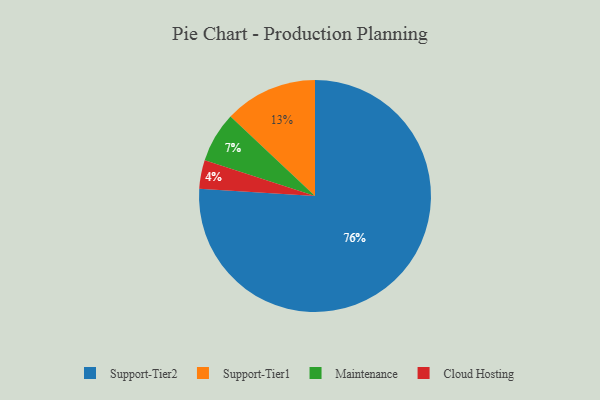
{"axis": {"x": "Category", "y": "Percentage"}, "legend": ["Cloud Hosting", "Maintenance", "Support-Tier1", "Support-Tier2"], "data": [{"x": "Support-Tier1", "y": 13, "type": "Support-Tier1"}, {"x": "Cloud Hosting", "y": 4, "type": "Cloud Hosting"}, {"x": "Support-Tier2", "y": 76, "type": "Support-Tier2"}, {"x": "Maintenance", "y": 7, "type": "Maintenance"}]}